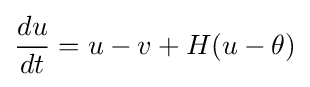
{{du} \over {dt}}=u-v+H(u-\theta )